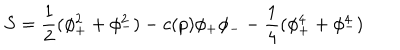
LaTeX: S = { \frac { 1 } { 2 } } ( \phi _ { + } ^ { 2 } + \phi _ { - } ^ { 2 } ) - c ( p ) \phi _ { + } \phi _ { - } - { \frac { 1 } { 4 } } ( \phi _ { + } ^ { 4 } + \phi _ { - } ^ { 4 } )